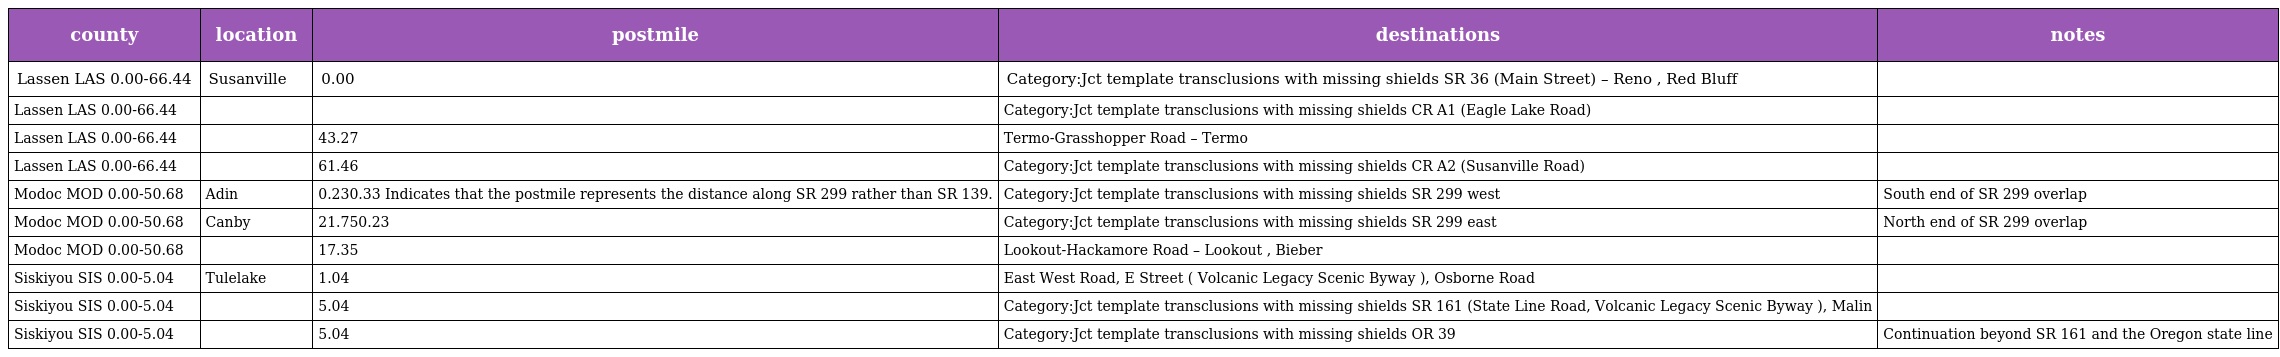
| county | location | postmile | destinations | notes |
 | --- | --- | --- | --- | --- |
 | Lassen LAS 0.00-66.44 | Susanville | 0.00 | Category:Jct template transclusions with missing shields SR 36 (Main Street) – Reno , Red Bluff |  |
 | Lassen LAS 0.00-66.44 |  |  | Category:Jct template transclusions with missing shields CR A1 (Eagle Lake Road) |  |
 | Lassen LAS 0.00-66.44 |  | 43.27 | Termo-Grasshopper Road – Termo |  |
 | Lassen LAS 0.00-66.44 |  | 61.46 | Category:Jct template transclusions with missing shields CR A2 (Susanville Road) |  |
 | Modoc MOD 0.00-50.68 | Adin | 0.230.33 Indicates that the postmile represents the distance along SR 299 rather than SR 139. | Category:Jct template transclusions with missing shields SR 299 west | South end of SR 299 overlap |
 | Modoc MOD 0.00-50.68 | Canby | 21.750.23 | Category:Jct template transclusions with missing shields SR 299 east | North end of SR 299 overlap |
 | Modoc MOD 0.00-50.68 |  | 17.35 | Lookout-Hackamore Road – Lookout , Bieber |  |
 | Siskiyou SIS 0.00-5.04 | Tulelake | 1.04 | East West Road, E Street ( Volcanic Legacy Scenic Byway ), Osborne Road |  |
 | Siskiyou SIS 0.00-5.04 |  | 5.04 | Category:Jct template transclusions with missing shields SR 161 (State Line Road, Volcanic Legacy Scenic Byway ), Malin |  |
 | Siskiyou SIS 0.00-5.04 |  | 5.04 | Category:Jct template transclusions with missing shields OR 39 | Continuation beyond SR 161 and the Oregon state line |